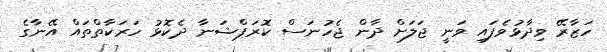
ހަޒާރޭ ވިދާޅުވެފައި ވަނީ ޖަލަށް ދާން ޖެހުނަސް ކޮރަޕްޝަނާ ދެކޮޅު ހަރަކާތްތައް އޭނާގެ